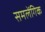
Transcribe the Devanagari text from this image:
समलेंगिक